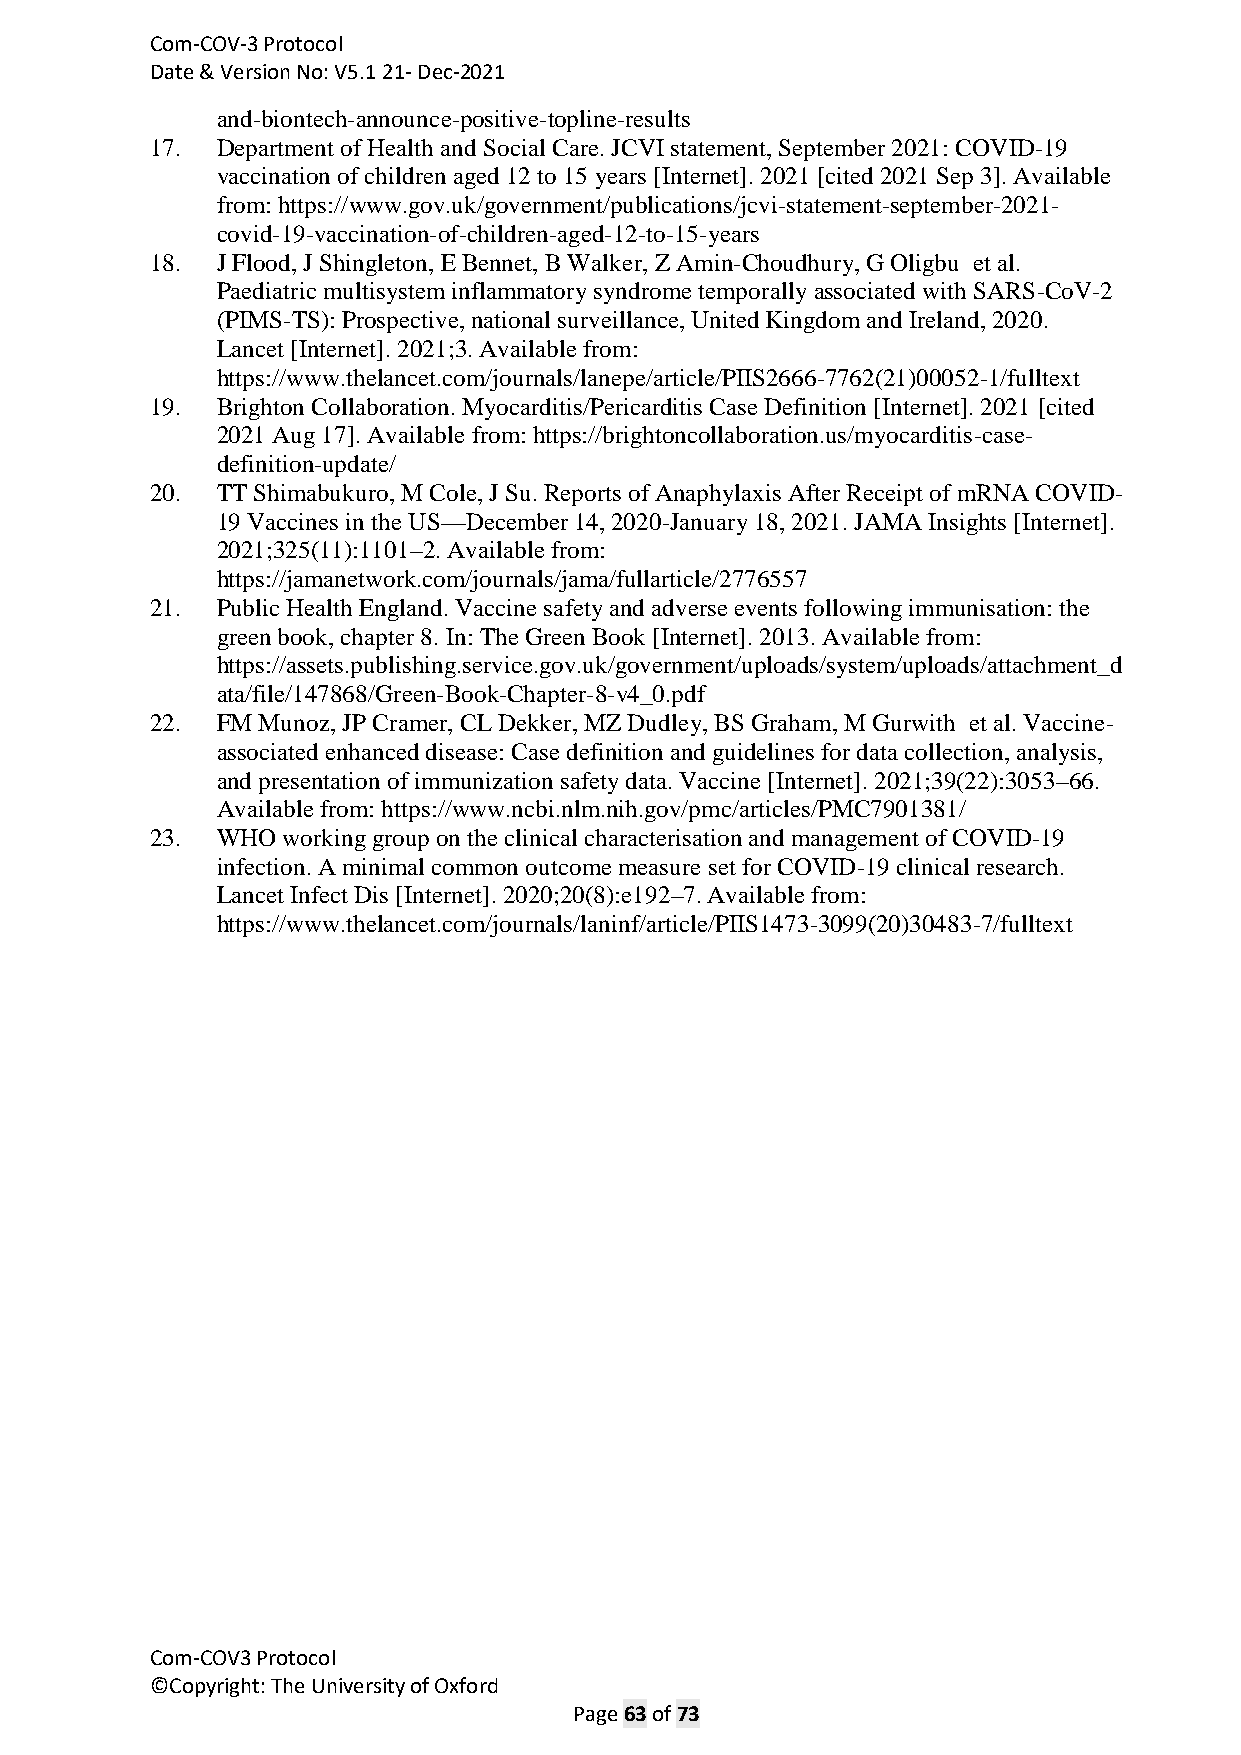
Com-COV-3 Protocol
 Date & Version No: V5.1 21- Dec-2021
 and-biontech-announce-positive-topline-results
 17. Department of Health and Social Care. JCVI statement, September 2021: COVID-19
 vaccination of children aged 12 to 15 years [Internet]. 2021 [cited 2021 Sep 3]. Available
 from: https://www.gov.uk/government/publications/jcvi-statement-september-2021-
 covid-19-vaccination-of-children-aged-12-to-15-years
 18. J Flood, J Shingleton, E Bennet, B Walker, Z Amin-Choudhury, G Oligbu et al.
 Paediatric multisystem inflammatory syndrome temporally associated with SARS-CoV-2
 (PIMS-TS): Prospective, national surveillance, United Kingdom and Ireland, 2020.
 Lancet [Internet]. 2021;3. Available from:
 https://www.thelancet.com/journals/lanepe/article/PIIS2666-7762(21)00052-1/fulltext
 19. Brighton Collaboration. Myocarditis/Pericarditis Case Definition [Internet]. 2021 [cited
 2021 Aug 17]. Available from: https://brightoncollaboration.us/myocarditis-case-
 definition-update/
 20. TT Shimabukuro, M Cole, J Su. Reports of Anaphylaxis After Receipt of mRNA COVID-
 19 Vaccines in the US—December 14, 2020-January 18, 2021. JAMA Insights [Internet].
 2021;325(11):1101–2. Available from:
 https://jamanetwork.com/journals/jama/fullarticle/2776557
 21. Public Health England. Vaccine safety and adverse events following immunisation: the
 green book, chapter 8. In: The Green Book [Internet]. 2013. Available from:
 https://assets.publishing.service.gov.uk/government/uploads/system/uploads/attachment_d
 ata/file/147868/Green-Book-Chapter-8-v4_0.pdf
 22. FM Munoz, JP Cramer, CL Dekker, MZ Dudley, BS Graham, M Gurwith et al. Vaccine-
 associated enhanced disease: Case definition and guidelines for data collection, analysis,
 and presentation of immunization safety data. Vaccine [Internet]. 2021;39(22):3053–66.
 Available from: https://www.ncbi.nlm.nih.gov/pmc/articles/PMC7901381/
 23. WHO  working group on the clinical characterisation and management of COVID-19
 infection. A minimal common outcome measure set for COVID-19 clinical research.
 Lancet Infect Dis [Internet]. 2020;20(8):e192–7. Available from:
 https://www.thelancet.com/journals/laninf/article/PIIS1473-3099(20)30483-7/fulltext
 Com-COV3 Protocol
 ©Copyright: The University of Oxford
 Page 63 of 73